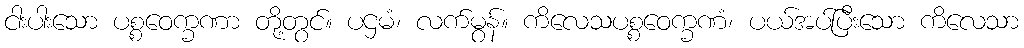
ငါးပါးသော ပစ္စဝေက္ခဏာ တို့တွင်။ ပဌမံ၊ လက်မွန်။ ကိလေသပစ္စဝေက္ခဏံ၊ ပယ်အပ်ပြီးသော ကိလေသာ